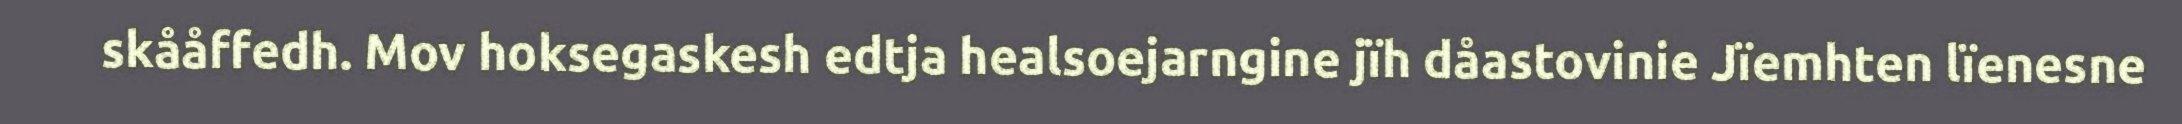
skååffedh. Mov hoksegaskesh edtja healsoejarngine jïh dåastovinie Jïemhten lïenesne